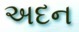
અદન